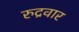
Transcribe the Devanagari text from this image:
रुद्रवार